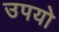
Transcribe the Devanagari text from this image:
उपयो